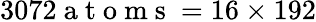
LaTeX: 3072\mathrm{~a~t~o~m~s~}=16\times 192